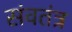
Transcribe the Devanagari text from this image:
संवतंत्र